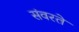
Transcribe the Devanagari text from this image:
संवरते